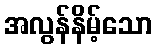
အလွန်နိမ့်သော